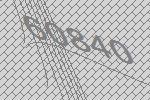
60840